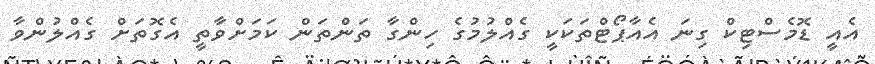
އެއީ ޑޮމެސްޓިކް ގިނަ އެއާޕޯޓްތަކަކީ ގެއްލުމުގެ ހިންގާ ތަންތަން ކަމަށްވާތީ އެގޮތަށް ގެއްލުންވާ